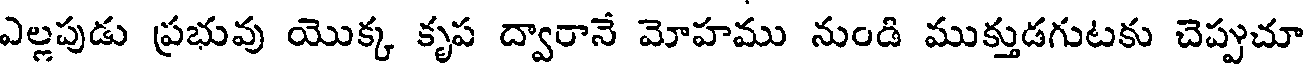
ఎల్లపుడు ప్రభువు యొక్క కృప ద్వారానే మోహము నుండి ముక్తుడగుటకు చెప్పుచూ